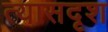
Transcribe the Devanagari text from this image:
त्यासदृश